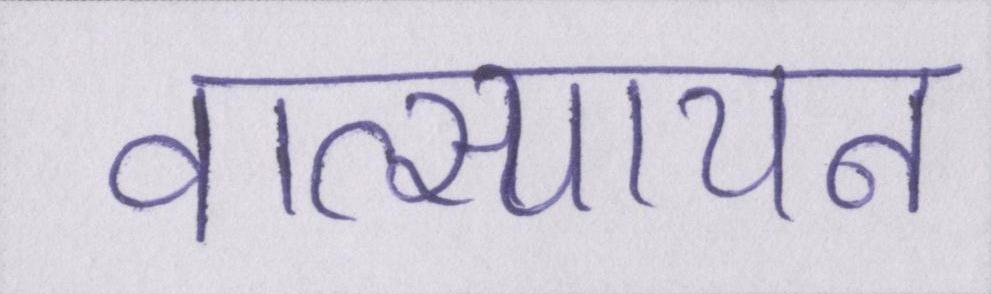
वात्स्यायन